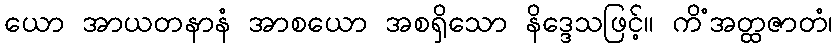
ယော အာယတနာနံ အာစယော အစရှိသော နိဒ္ဒေသဖြင့်။ ကိံအတ္ထဇာတံ၊